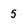
Character: 5